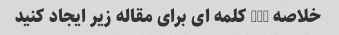
خلاصه 100 کلمه ای برای مقاله زیر ایجاد کنید